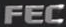
FEC